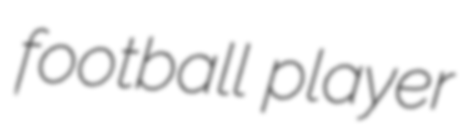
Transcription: football player